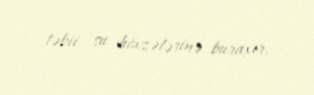
təbii su hövzələrinə buraxır.